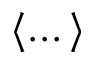
\langle \dots \rangle